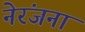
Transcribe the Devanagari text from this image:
नेरंजना